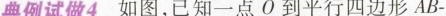
典例试做4 如图，已知一点O到平行四边形AB-